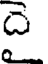
ది